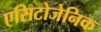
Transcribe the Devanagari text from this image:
एसिटोजेनिक